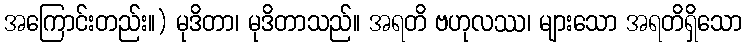
အကြောင်းတည်း။) မုဒိတာ၊ မုဒိတာသည်။ အရတိ ဗဟုလဿ၊ များသော အရတိရှိသော